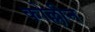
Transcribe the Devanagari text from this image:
कोल्लीन